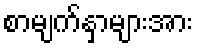
စာမျက်နှာများအား